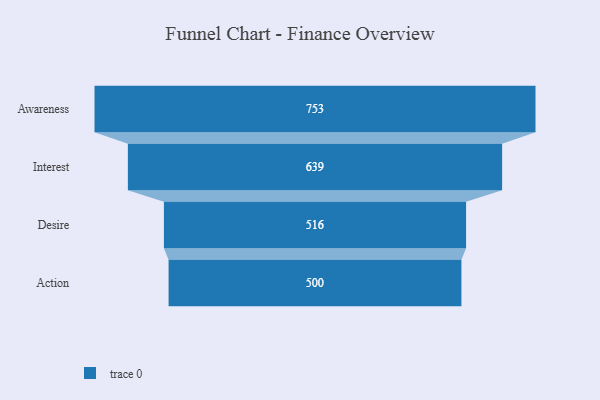
{"axis": {"x": "Stage", "y": "Value"}, "legend": [""], "data": [{"x": "Awareness", "y": 753.0, "type": ""}, {"x": "Interest", "y": 639.0, "type": ""}, {"x": "Desire", "y": 516.0, "type": ""}, {"x": "Action", "y": 500, "type": ""}]}